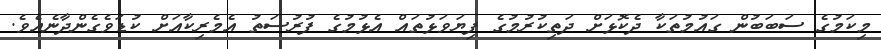
މިކަމުގެ ސަބަބުން ގައުމުތަކާ ދެކޮޅަށް ދަތިކުރުމުގެ ފިޔަވަޅުތައް އެޅުމުގެ ފުރުސަތު އެމެރިކާއަށް ކުޑަވެގެންދާނެއެވެ.